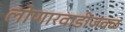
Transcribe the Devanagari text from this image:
लोणारवाडीजवळ